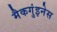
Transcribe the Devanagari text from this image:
मैकगुंइनेस